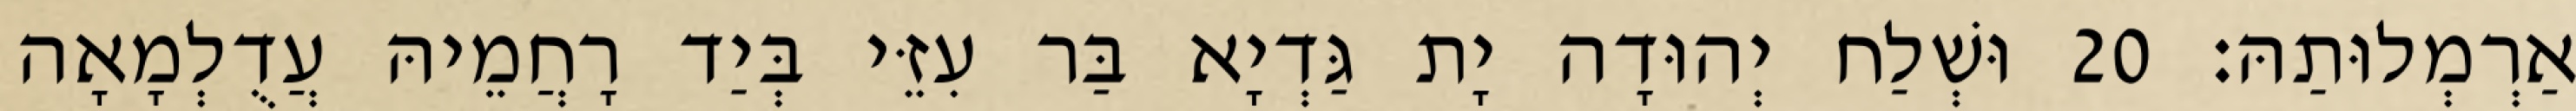
אַרְמְלוּתַהּ׃ 20 וּשְׁלַח יְהוּדָה יָת גַּדְיָא בַּר עִזֵּי בְּיַד רָחֲמֵיהּ עֲדֻלְמָאָה